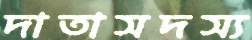
দাতাসদস্য